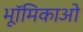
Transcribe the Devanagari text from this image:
भूॉमिकाओ